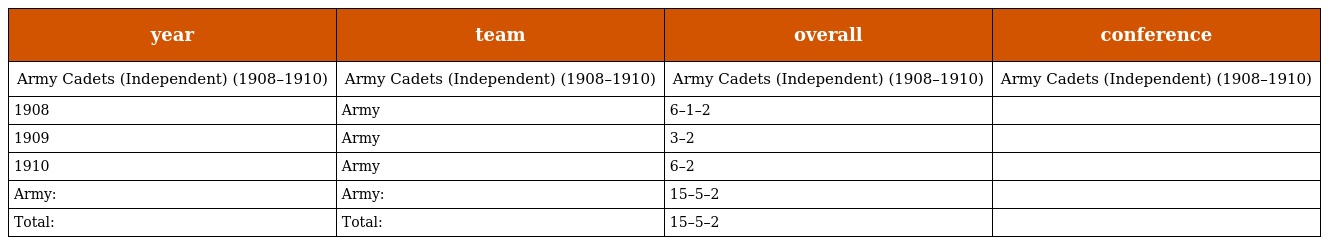
| year | team | overall | conference |
 | --- | --- | --- | --- |
 | Army Cadets (Independent) (1908–1910) | Army Cadets (Independent) (1908–1910) | Army Cadets (Independent) (1908–1910) | Army Cadets (Independent) (1908–1910) |
 | 1908 | Army | 6–1–2 |  |
 | 1909 | Army | 3–2 |  |
 | 1910 | Army | 6–2 |  |
 | Army: | Army: | 15–5–2 |  |
 | Total: | Total: | 15–5–2 |  |